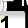
Digit: 1